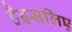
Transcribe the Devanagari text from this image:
हैइसलिए